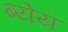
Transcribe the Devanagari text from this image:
ब्येय